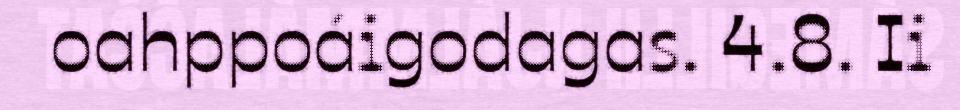
oahppoáigodagas. 4.8. Ii